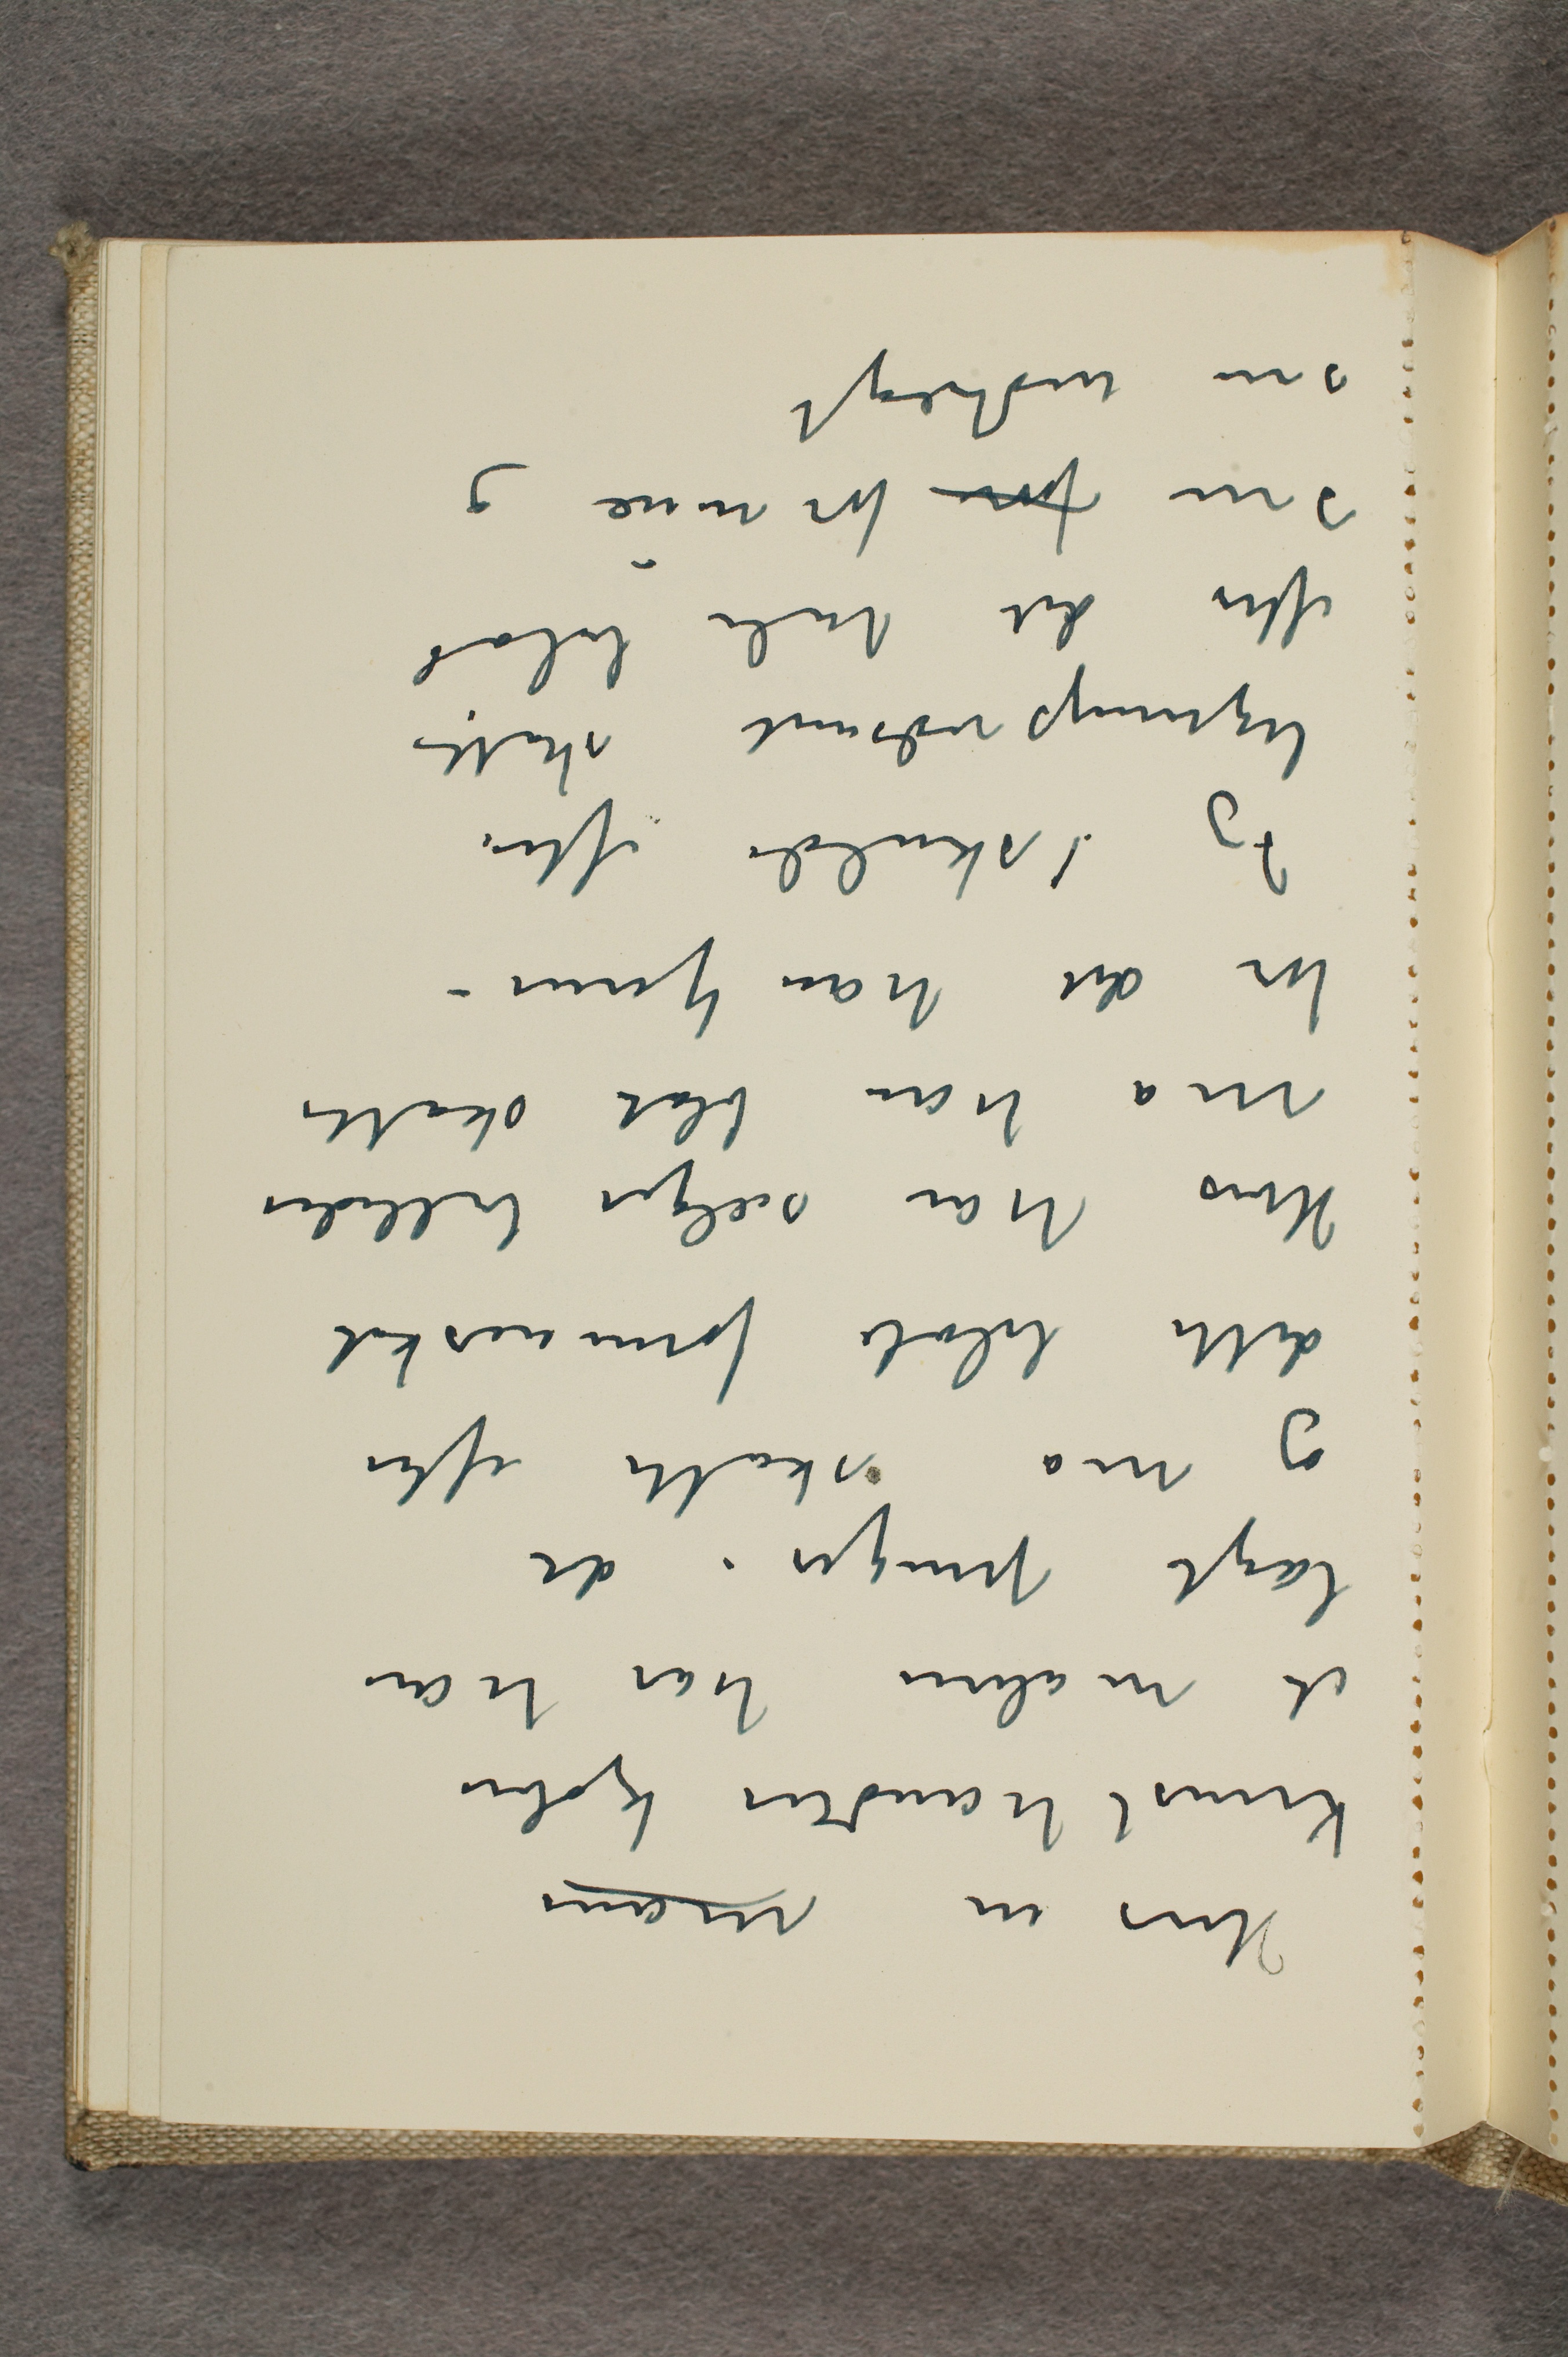
Hvis en mans
kunsthandler kjøber
et maleri har han
lagt penger i det
og må skatte efter
dette beløb forminsket
Hvis han sælger billedet
må han blot skatte
for det han tjener -
Jeg skulde efter
ligningsvæsenet skatte
efter det hele beløb
som fon for mine og
som indtægt